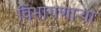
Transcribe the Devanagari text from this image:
विभागणाऱ्या